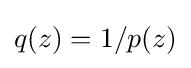
q(z)=1/p(z)